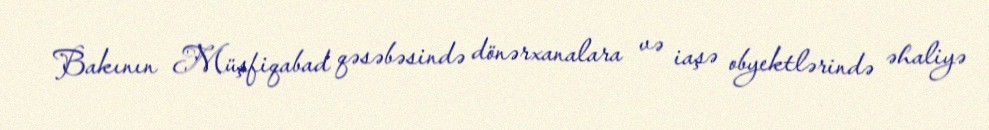
Bakının Müşfiqabad qəsəbəsində dönərxanalara və iaşə obyektlərində əhaliyə